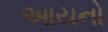
આયનો